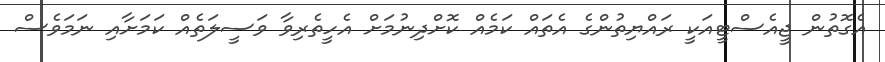
އެގޮތުން ޖީއެސްޓީއަކީ ރައްޔިތުންގެ އެތައް ކަމެއް ކޮށްދިނުމަށް އެހީތެރިވާ ވަސީލަތެއް ކަމަށާއި ނަމަވެސް